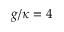
g / \kappa = 4